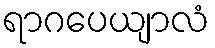
ရာဂပေယျာလံ